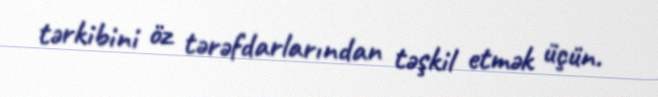
tərkibini öz tərəfdarlarından təşkil etmək üçün.